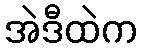
အဲဒီထဲက